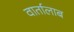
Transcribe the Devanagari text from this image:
वार्तालाब